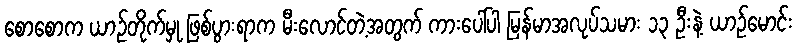
စောစောက ယာဉ်တိုက်မှု ဖြစ်ပွားရာက မီးလောင်တဲ့အတွက် ကားပေါ်ပါ မြန်မာအလုပ်သမား ၁၃ ဦးနဲ့ ယာဉ်မောင်း